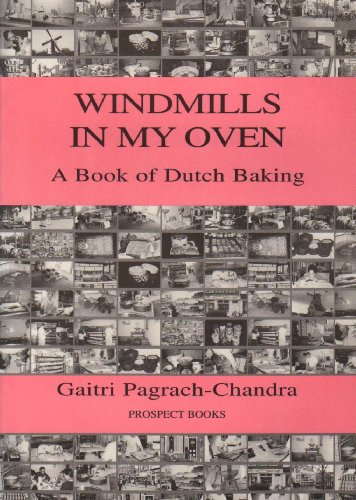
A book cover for Windmills in my Oven; Gaitri Pagrach-Chandra; Cookbooks, Food & Wine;